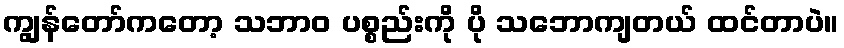
ကျွန်တော်ကတော့ သဘာဝ ပစ္စည်းကို ပို သဘောကျတယ် ထင်တာပဲ။